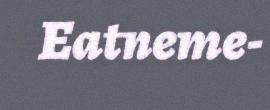
Eatneme-